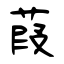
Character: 葭